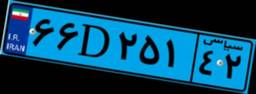
۶۶D۲۵۱۴۲